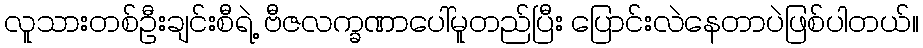
လူသားတစ်ဦးချင်းစီရဲ့ ဗီဇလက္ခဏာပေါ်မူတည်ပြီး ပြောင်းလဲနေတာပဲဖြစ်ပါတယ်။